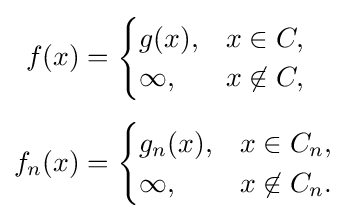
{\begin{aligned}f(x)&={\begin{cases}g(x),&x\in C,\\\infty ,&x\not \in C,\end{cases}}\\[4pt]f_{n}(x)&={\begin{cases}g_{n}(x),&x\in C_{n},\\\infty ,&x\not \in C_{n}.\end{cases}}\end{aligned}}